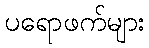
ပရောဖက်များ